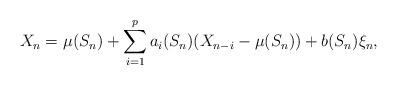
LaTeX: \begin{align*}X_n = \mu(S_n) + \sum\limits_{i=1}^p a_i(S_n)(X_{n-i} - \mu(S_n)) + b(S_n)\xi_n,\end{align*}